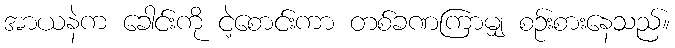
အာယနဲက ခေါင်းကို ငဲ့စောင်းကာ တစ်ခဏကြာမျှ စဉ်းစားနေသည်။